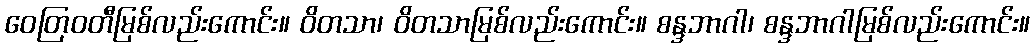
ဝေတြဝတီမြစ်လည်းကောင်း။ ဝိတသာ၊ ဝိတသာမြစ်လည်းကောင်း။ စန္ဒဘာဂါ၊ စန္ဒဘာဂါမြစ်လည်းကောင်း။